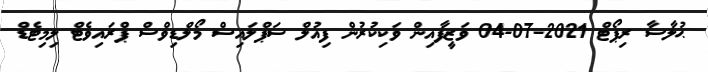
ޙުލާސާ ރިޕޯޓް 2021-07-04 ވަޒީފާއިން ވަކިކުރުން ފިއުލް ސަޕްލައިސް މޯލްޑިވްސް ޕްރައިވެޓް ލިމިޓެޑް